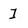
Character: 1